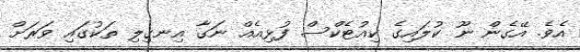
އެވެ. އޭގެން ނޫ ކުލައިގެ ކިއުޓެކްސް ފުޅިއެއް ނަގާ އިނގިލި ތަކުގައި ވަރަށް